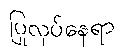
ပြုလုပ်နေရာ